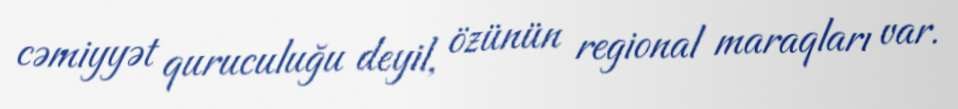
cəmiyyət quruculuğu deyil, özünün regional maraqları var.